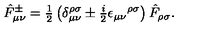
\hat { F } _ { \mu \nu } ^ { \pm } = { \textstyle \frac { 1 } { 2 } } \left( \delta _ { \mu \nu } ^ { \rho \sigma } \pm { \textstyle \frac { i } { 2 } } \epsilon _ { \mu \nu } { } ^ { \rho \sigma } \right) \hat { F } _ { \rho \sigma } .